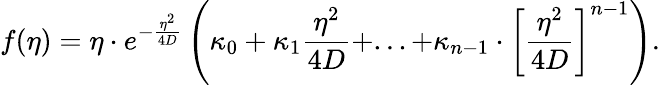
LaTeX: f(\eta)=\eta\cdot e^{-\frac{\eta^{2}}{4D}}\left(\kappa_{0}+\kappa_{1}\frac{\eta^{2}}{4D}+...+\kappa_{n-1}\cdot\left[\frac{\eta^{2}}{4D}\right]^{n-1}\right).